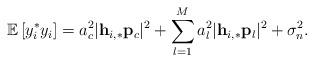
LaTeX: \begin{align*} \mathbb{E}\left[y_i^* y_i\right]=a_c^2\lvert\mathbf{h}_{i,*}\mathbf{p}_c\rvert^2+\sum_{l=1}^M a_l^2\lvert\mathbf{h}_{i,*}\mathbf{p}_l\rvert^2+\sigma_n^2.\end{align*}